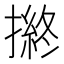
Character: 𢴋